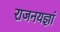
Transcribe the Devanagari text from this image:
राजनयज्ञां